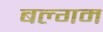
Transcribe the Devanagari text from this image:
बल्गम